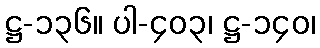
ဋ္ဌ-၁၃၆။ ပါ-၄၀၃၊ ဋ္ဌ-၁၄၀၊